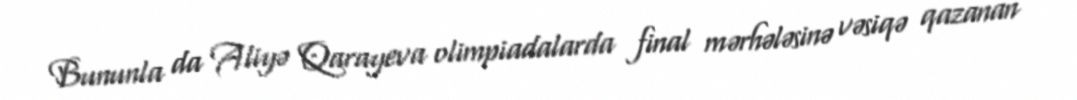
Bununla da Aliyə Qarayeva olimpiadalarda final mərhələsinə vəsiqə qazanan